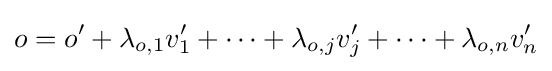
o=o'+\lambda _{o,1}v'_{1}+\dots +\lambda _{o,j}v'_{j}+\dots +\lambda _{o,n}v'_{n}